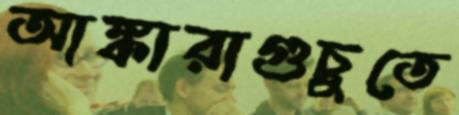
আঙ্কারাগুচুতে